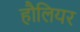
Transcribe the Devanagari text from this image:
हौलियर